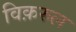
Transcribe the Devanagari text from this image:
विक़रुल